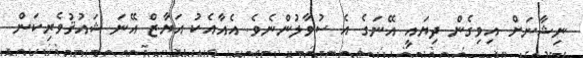
ނިޝާނަށް އިވިގެން ދިޔައީ އޭނަގެ އެ ސުވާލުންނެވެ. އެއާއެކު އަޔާޒް އޭނަ ޝައުޤުވެރިކަން